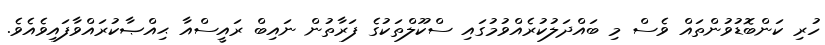
ހުރި ކަންބޮޑުވުންތައް ވެސް މި ބައްދަލުކުރެއްވުމުގައި ސްކޫލްތަކުގެ ފަރާތުން ނައިބް ރައީސްއާ ޙިއްޞާކުރައްވާފައިވެއެވެ.